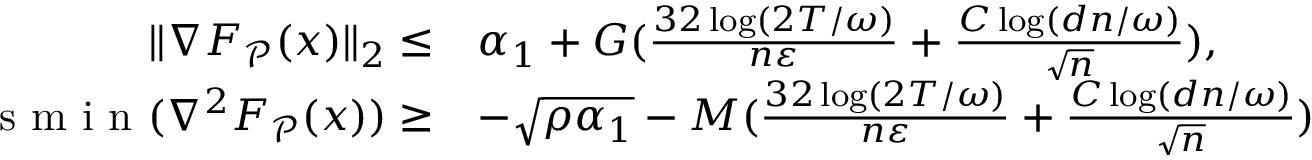
\begin{array} { r l } { \| \nabla F _ { \mathcal { P } } ( x ) \| _ { 2 } \le } & { \alpha _ { 1 } + G ( \frac { 3 2 \log ( 2 T / \omega ) } { n \varepsilon } + \frac { C \log ( d n / \omega ) } { \sqrt { n } } ) , } \\ { \textup { s m i n } ( \nabla ^ { 2 } F _ { \mathcal { P } } ( x ) ) \ge } & { - \sqrt { \rho \alpha _ { 1 } } - M ( \frac { 3 2 \log ( 2 T / \omega ) } { n \varepsilon } + \frac { C \log ( d n / \omega ) } { \sqrt { n } } ) } \end{array}